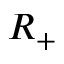
R _ { + }